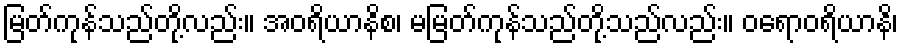
မြတ်ကုန်သည်တို့လည်း။ အဝရိယာနိစ၊ မမြတ်ကုန်သည်တို့သည်လည်း။ ဝရောဝရိယာနိ၊